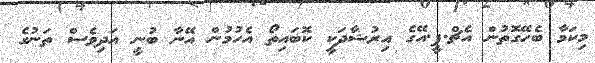
މިކަމާ ބެހޭގޮތުން އެޗް.ޕީ.އޭގެ އިރުޝާދަކީ ކޮބައިތޯ އެހުމުން އޭނާ ބުނީ އަދިވެސް ތަނުގެ